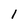
Character: 1